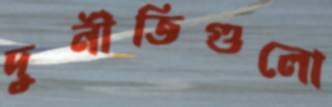
দুর্নীতিগুলো